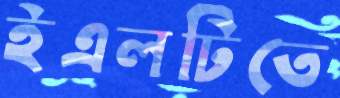
ইএলটিতে